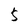
Character: 5